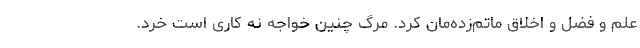
علم و فضل و اخلاق ماتم‌زده‌مان کرد. مرگ چنین خواجه نه کاری است خرد.